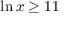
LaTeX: \ln x \geq 1 1